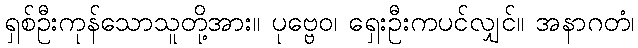
ရှစ်ဦးကုန်သောသူတို့အား။ ပုဗ္ဗေဝ၊ ရှေးဦးကပင်လျှင်။ အနာဂတံ၊